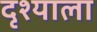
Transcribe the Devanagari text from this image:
दृश्याला